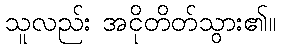
သူလည်း အငိုတိတ်သွား၏။